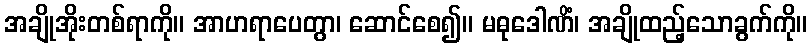
အချိုအိုးတစ်ရာကို။ အာဟရာပေတွာ၊ ဆောင်စေ၍။ မဓုဒေါဏိံ၊ အချိုထည့်သောခွက်ကို။